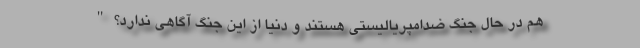
هم در حال جنگ ضدامپریالیستی هستند و دنیا از این جنگ آگاهی ندارد؟ "